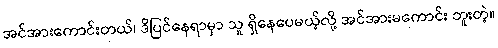
အင်အားကောင်းတယ်၊ ဒိပြင်နေရာမှာ သူ ရှိနေပေမယ့်လို့ အင်အားမကောင်း ဘူးတဲ့။